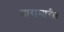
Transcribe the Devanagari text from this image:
मारामारी।